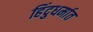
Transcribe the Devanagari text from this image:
हिंदुधर्मात